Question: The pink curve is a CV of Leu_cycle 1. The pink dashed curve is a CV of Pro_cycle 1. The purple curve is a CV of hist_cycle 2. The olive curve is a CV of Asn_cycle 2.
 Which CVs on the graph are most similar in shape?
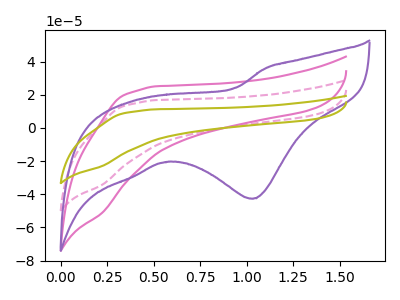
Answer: <think>The pink curve "Leu_cycle 1" has no peaks. The pink dashed curve "Pro_cycle 1" has no peaks. The purple curve "hist_cycle 2" has a cathodic peak at: (1.05V, -42.70uA). The olive curve "Asn_cycle 2" has no peaks.
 Neither "Leu_cycle 1" or "Pro_cycle 1" have any peaks. "Leu_cycle 1" and "hist_cycle 2" have a different number of peaks. Neither "Leu_cycle 1" or "Asn_cycle 2" have any peaks. "Pro_cycle 1" and "hist_cycle 2" have a different number of peaks. Neither "Pro_cycle 1" or "Asn_cycle 2" have any peaks. "hist_cycle 2" and "Asn_cycle 2" have a different number of peaks.</think>
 <answer>"Leu_cycle 1", "Pro_cycle 1" and "Asn_cycle 2" have the same shape and are likely CV's of the same chemical.</answer>
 <eval>"Leu_cycle 1" "Pro_cycle 1" "Asn_cycle 2"</eval>